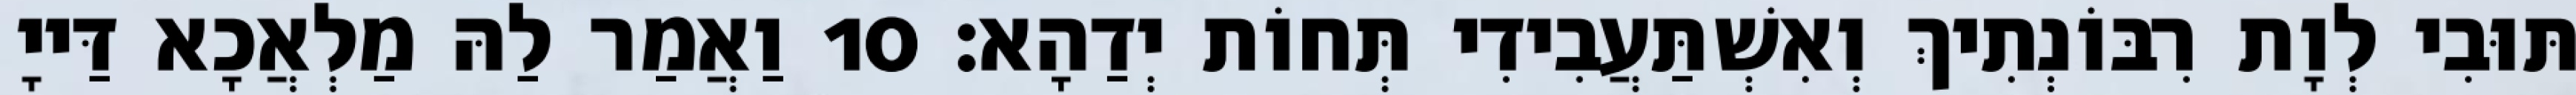
תּוּבִי לְוָת רִבּוֹנְתִיךְ וְאִשְׁתַּעֲבִידִי תְּחוֹת יְדַהָא׃ 10 וַאֲמַר לַהּ מַלְאֲכָא דַּייָ